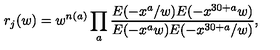
r _ { j } ( w ) = w ^ { n ( a ) } \prod _ { a } \frac { E ( - x ^ { a } / w ) E ( - x ^ { 3 0 + a } w ) } { E ( - x ^ { a } w ) E ( - x ^ { 3 0 + a } / w ) } ,